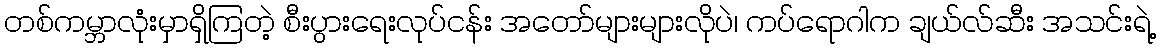
တစ်ကမ္ဘာလုံးမှာရှိကြတဲ့ စီးပွားရေးလုပ်ငန်း အတော်များများလိုပဲ၊ ကပ်ရောဂါက ချယ်လ်ဆီး အသင်းရဲ့